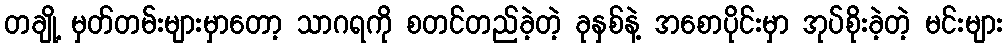
တချို့ မှတ်တမ်းများမှာတော့ သာဂရကို စတင်တည်ခဲ့တဲ့ ခုနှစ်နဲ့ အစောပိုင်းမှာ အုပ်စိုးခဲ့တဲ့ မင်းများ